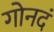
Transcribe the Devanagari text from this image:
गोनदं